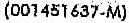
(001451637-M)